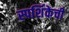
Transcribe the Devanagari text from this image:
स्पर्शिकेची